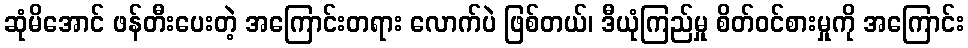
ဆုံမိအောင် ဖန်တီးပေးတဲ့ အကြောင်းတရား လောက်ပဲ ဖြစ်တယ်၊ ဒီယုံကြည်မှု စိတ်ဝင်စားမှုကို အကြောင်း